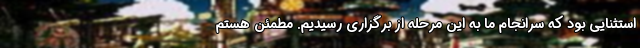
استثنایی بود که سرانجام ما به این مرحله از برگزاری رسیدیم. مطمئن هستم